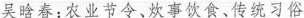
吴晗春:农业节令、炊事饮食、传统习俗